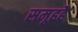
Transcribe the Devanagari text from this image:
समूहहै